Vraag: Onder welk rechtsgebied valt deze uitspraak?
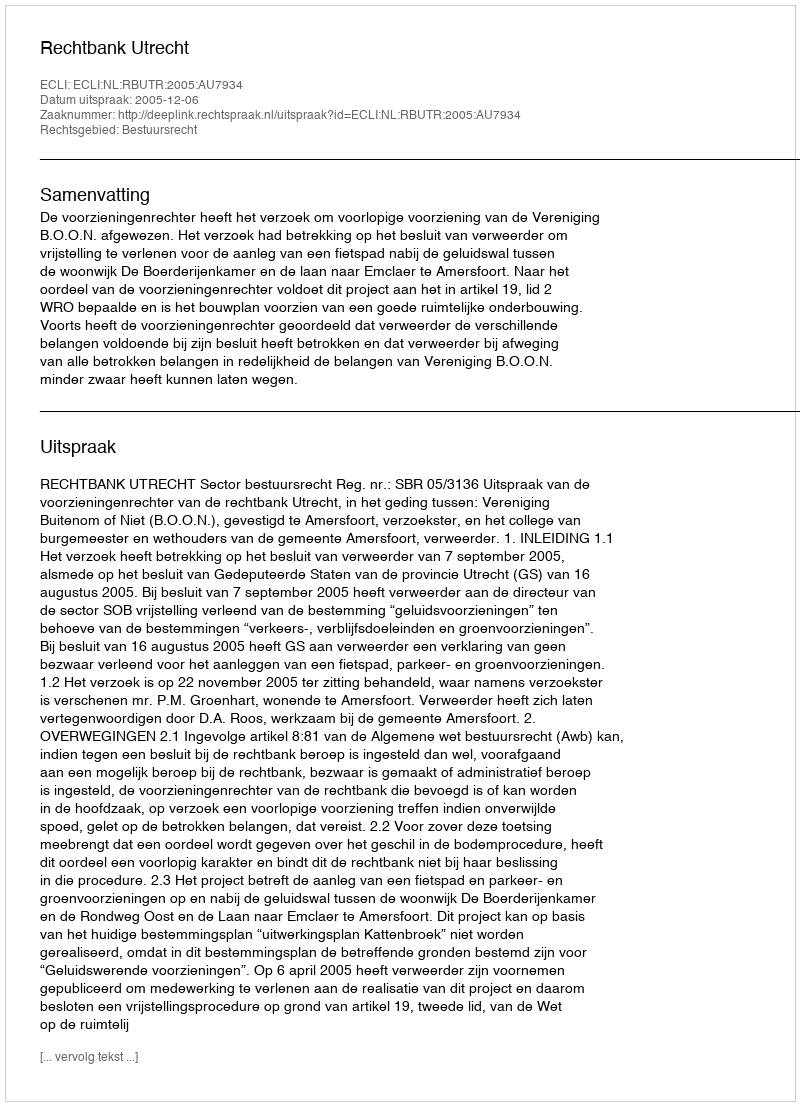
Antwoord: Bestuursrecht